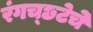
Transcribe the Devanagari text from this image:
रंगच्‍छटेचे